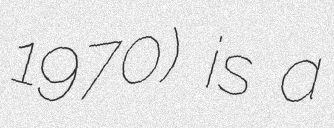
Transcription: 1970) is a